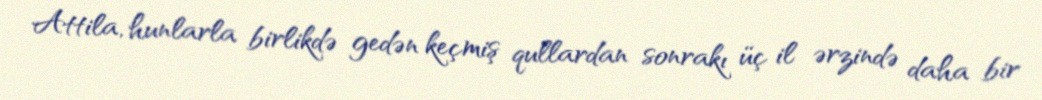
Attila, hunlarla birlikdə gedən keçmiş qullardan sonrakı üç il ərzində daha bir